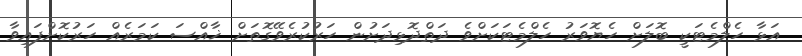
އަޅާ ހެލްމެޓަކީ ބޮލަށް ހެޔޮވަރު ހެލްމެޓަކަށްވެ ދަތްދޮޅިދަށުން ހަރުކުރެވޭގޮތަށް ޚާއްސަ ކަމަރެއް ހަރުކޮށްފައިވާ